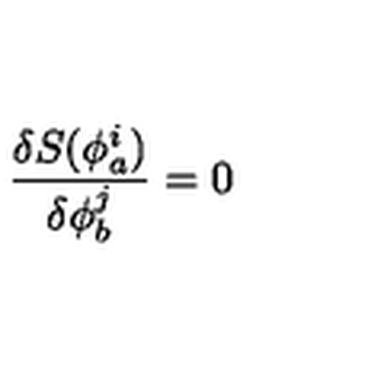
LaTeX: \frac { \delta S ( \phi _ { a } ^ { i } ) } { \delta \phi _ { b } ^ { j } } = 0